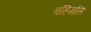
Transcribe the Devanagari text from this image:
बर्हिगति